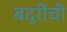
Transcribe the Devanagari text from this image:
बद्रींची